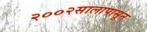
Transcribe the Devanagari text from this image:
२००२सालापासून